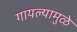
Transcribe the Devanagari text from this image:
गायल्यामुळे